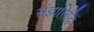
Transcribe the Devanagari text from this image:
संज्ञासिद्धिं